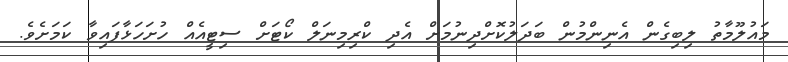
މައުލޫމާތު ލިބިގެން އެނިންމުން ބަދަލުކޮށްދިނުމަށް އެދި ކްރިމިނަލް ކޯޓަށް ސިޓީއެއް ހުށަހަޅާފައިވާ ކަމަށެވެ.